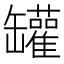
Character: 罐